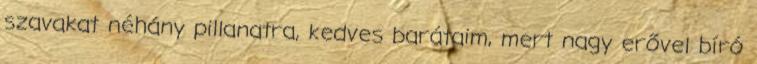
szavakat néhány pillanatra, kedves barátaim, mert nagy erővel bíró